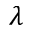
\lambda